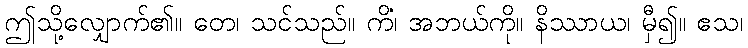
ဤသို့လျှောက်၏။ တေ၊ သင်သည်။ ကိံ၊ အဘယ်ကို။ နိဿာယ၊ မှီ၍။ ဧသ၊